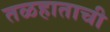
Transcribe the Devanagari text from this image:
तळहाताची